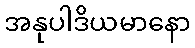
အနုပါဒိယမာနော